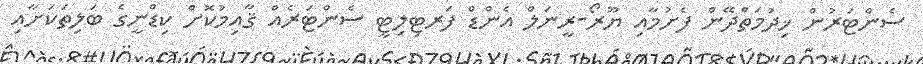
ސެންޓަރުން ޚިދުމަތްދޭން ފެށުމާއި ޔޫރޯ-ރީނަލް އެންޑް ފަރޓިލިޓީ ސެންޓަރެއް ޤާއިމުކޮށް ކިޑްނީގެ ބަލިތަކަށާއި